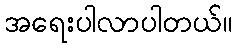
အရေးပါလာပါတယ်။